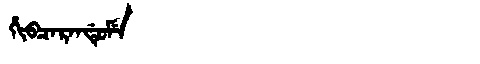
Manchu: ᡥᡳᠪᠴᠠᡵᠠᠨᡩᡠᠮᡝ
Romanization: HIBCARANDUME